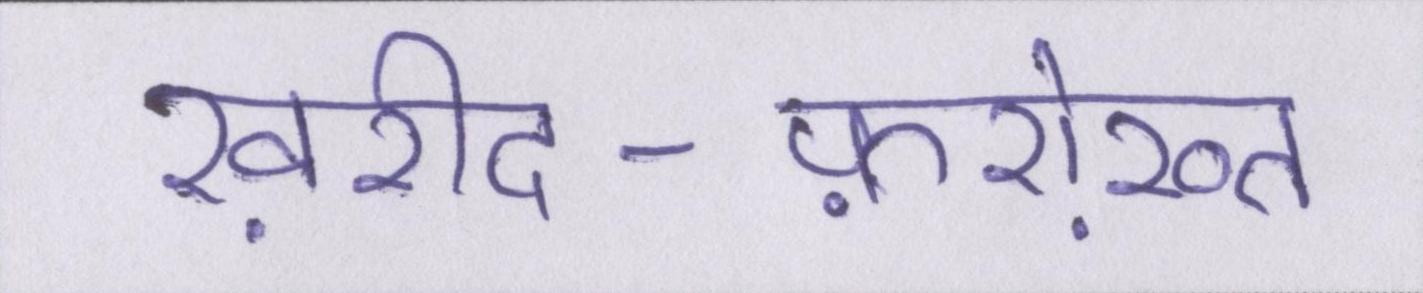
ख़रीद-फ़रोख़्त